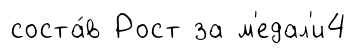
соста́в Рост за м'едал'и4